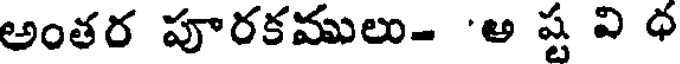
అంతర పూరకములు- 'అ ష్ట వి ధ